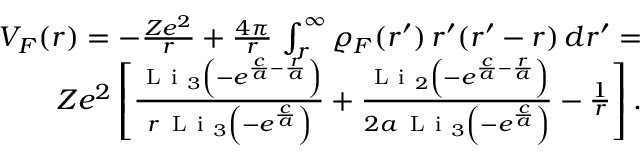
\begin{array} { r } { V _ { F } ( r ) = - \frac { Z e ^ { 2 } } { r } + \frac { 4 \pi } { r } \, \int _ { r } ^ { \infty } \varrho _ { F } ( r ^ { \prime } ) \, r ^ { \prime } ( r ^ { \prime } - r ) \, d r ^ { \prime } = } \\ { Z e ^ { 2 } \left[ \frac { \mathrm { ~ L ~ i ~ } _ { 3 } \left( - e ^ { \frac { c } { a } - \frac { r } { a } } \right) } { r \, \mathrm { ~ L ~ i ~ } _ { 3 } \left( - e ^ { \frac { c } { a } } \right) } + \frac { \mathrm { ~ L ~ i ~ } _ { 2 } \left( - e ^ { \frac { c } { a } - \frac { r } { a } } \right) } { 2 a \, \mathrm { ~ L ~ i ~ } _ { 3 } \left( - e ^ { \frac { c } { a } } \right) } - \frac { 1 } { r } \right] . } \end{array}